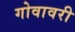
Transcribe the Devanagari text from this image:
गोवावरी